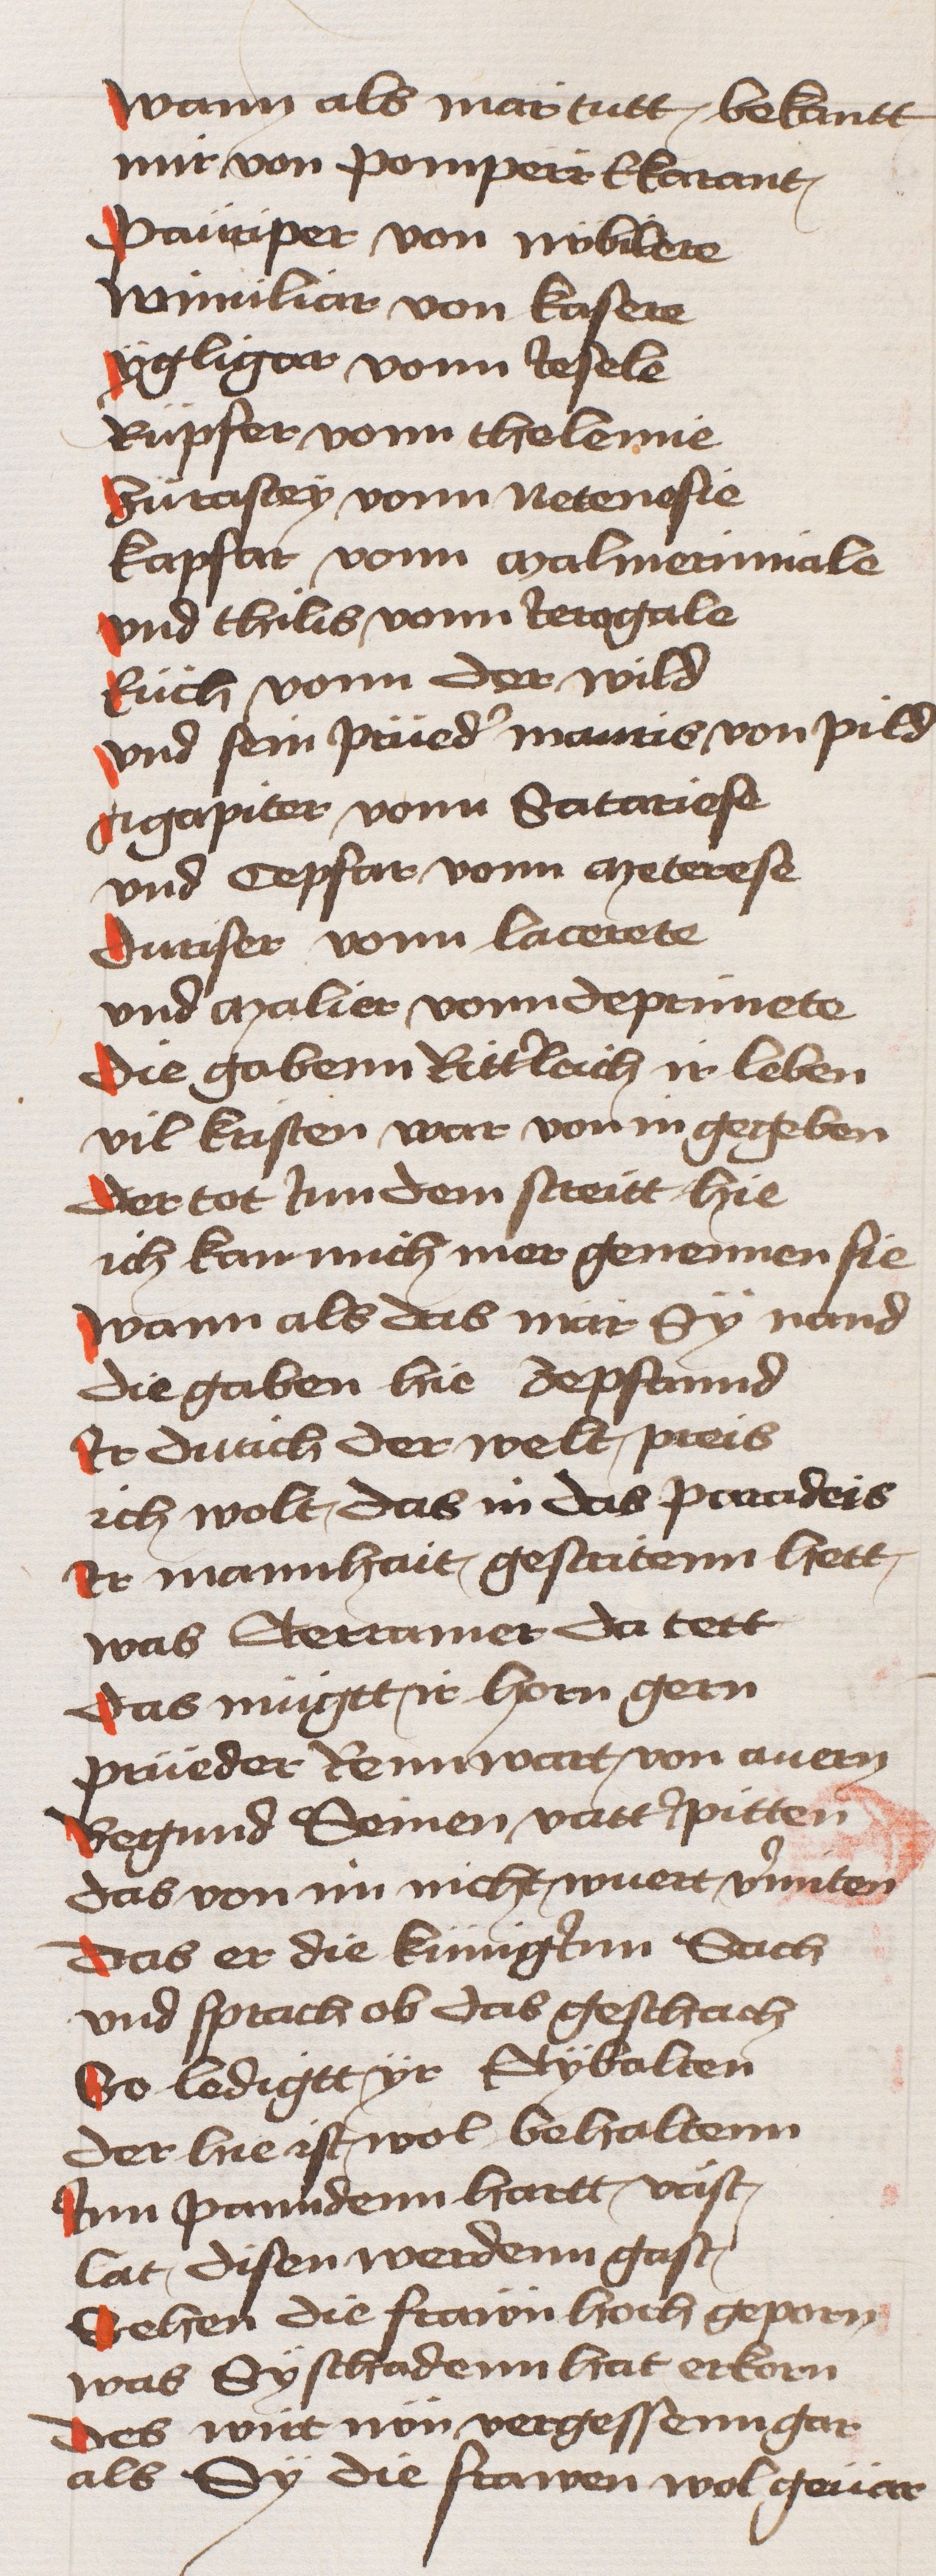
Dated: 1433–1466